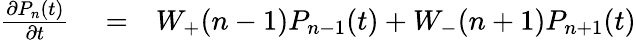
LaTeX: \begin{array}{rlr}{\frac{{\partial{P_{n}}(t)}}{{\partial t}}}&{{}=}&{{W_{+}}({n-1}){P_{n-1}}(t)+{W_{-}}({n+1}){P_{n+1}}(t)}\end{array}